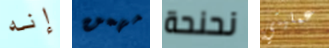
إنه مهمن نحنحة عمليتي